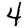
Digit: 4